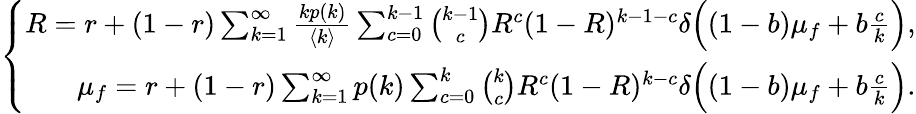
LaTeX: \left\{ \begin{array}{r}{R=r+(1-r)\sum_{k=1}^{\infty}\frac{kp(k)}{\langle k\rangle}\sum_{c=0}^{k-1}\binom{k-1}{c}R^{c}(1-R)^{k-1-c}\delta\Big((1-b)\mu_{f}+b\frac{c}{k}\Big),}\\ {\mu_{f}=r+(1-r)\sum_{k=1}^{\infty}p(k)\sum_{c=0}^{k}\binom{k}{c}R^{c}(1-R)^{k-c}\delta\Big((1-b)\mu_{f}+b\frac{c}{k}\Big).}\end{array}\right.